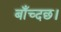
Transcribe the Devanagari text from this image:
बाँच्दछ।